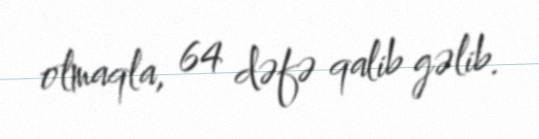
olmaqla, 64 dəfə qalib gəlib.